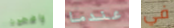
واضحون عندما في